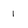
Character: 1